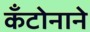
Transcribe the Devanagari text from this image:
कँटोनाने